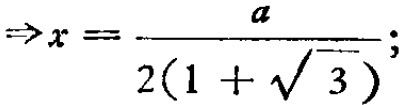
\(\Rightarrow x = \frac{a}{2(1 + \sqrt{3})};\)